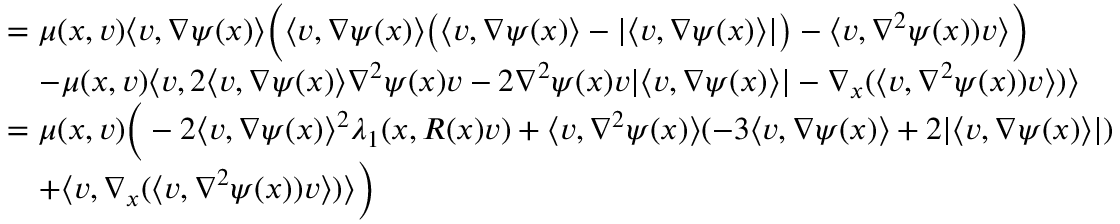
\begin{array} { r l } & { = \mu ( x , v ) \langle v , \nabla \psi ( x ) \rangle \Big ( \langle v , \nabla \psi ( x ) \rangle \big ( \langle v , \nabla \psi ( x ) \rangle - \lvert \langle v , \nabla \psi ( x ) \rangle \rvert \big ) - \langle v , \nabla ^ { 2 } \psi ( x ) ) v \rangle \Big ) } \\ & { \quad - \mu ( x , v ) \langle v , 2 \langle v , \nabla \psi ( x ) \rangle \nabla ^ { 2 } \psi ( x ) v - 2 \nabla ^ { 2 } \psi ( x ) v \lvert \langle v , \nabla \psi ( x ) \rangle \rvert - \nabla _ { x } ( \langle v , \nabla ^ { 2 } \psi ( x ) ) v \rangle ) \rangle } \\ & { = \mu ( x , v ) \Big ( - 2 \langle v , \nabla \psi ( x ) \rangle ^ { 2 } \lambda _ { 1 } ( x , R ( x ) v ) + \langle v , \nabla ^ { 2 } \psi ( x ) \rangle ( - 3 \langle v , \nabla \psi ( x ) \rangle + 2 \lvert \langle v , \nabla \psi ( x ) \rangle \rvert ) } \\ & { \quad + \langle v , \nabla _ { x } ( \langle v , \nabla ^ { 2 } \psi ( x ) ) v \rangle ) \rangle \Big ) } \end{array}